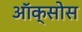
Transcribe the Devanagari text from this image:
ऑक्सोस